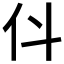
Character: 𠆱